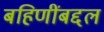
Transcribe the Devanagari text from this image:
बहिणींबद्दल